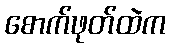
စောက်ဖုတ်ထဲက